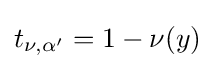
t_{\nu ,\alpha '}=1-\nu (y)